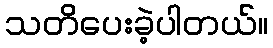
သတိပေးခဲ့ပါတယ်။